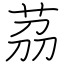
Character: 茘